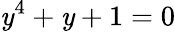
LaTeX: \mathit{y}^{4}+\mathit{y}+1=0